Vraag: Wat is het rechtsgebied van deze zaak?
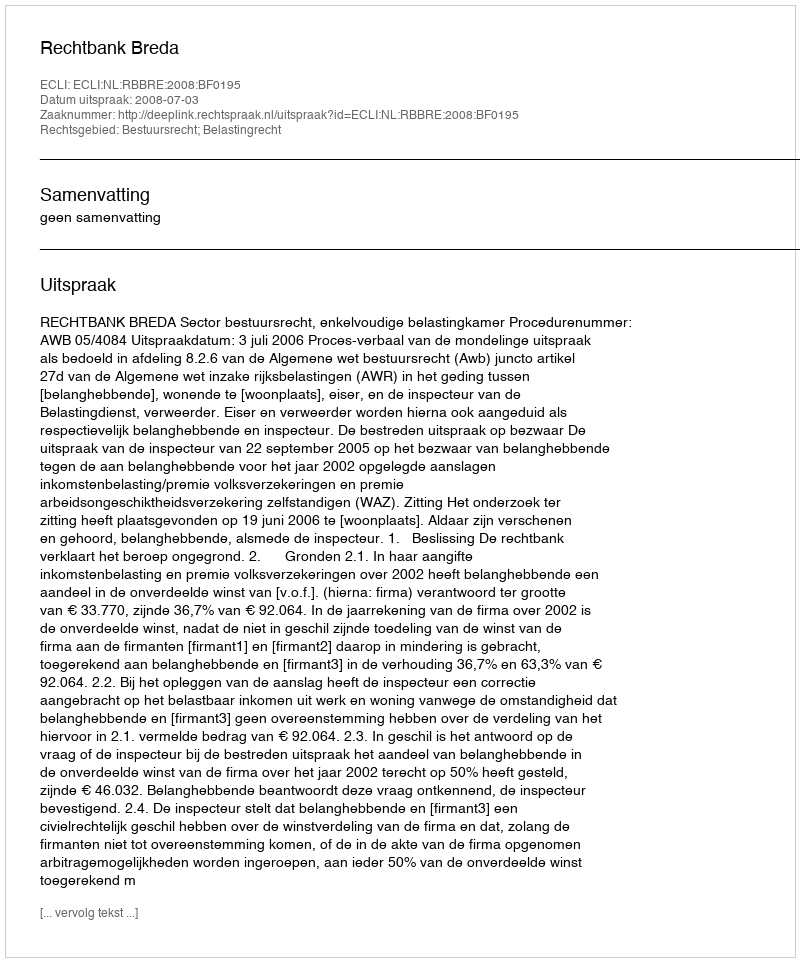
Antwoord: Bestuursrecht; Belastingrecht